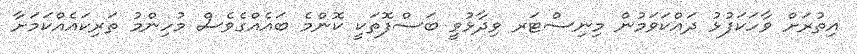
އިތުރަށް ވާހަކަފުޅު ދައްކަވަމުން މިނިސްޓަރ ވިދާޅުވީ ބަސްފޮތަކީ ކޮންމެ ބައެއްގެވެސް މުހިންމު ތަރިކައެއްކަމަށާ